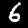
Label: 6